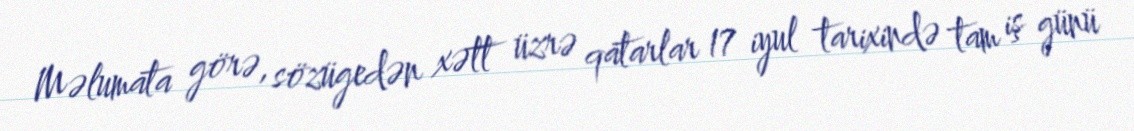
Məlumata görə, sözügedən xətt üzrə qatarlar 17 iyul tarixində tam iş günü